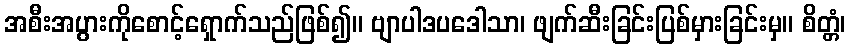
အစီးအပွားကိုစောင့်ရှောက်သည်ဖြစ်၍။ ဗျာပါဒပဒေါသာ၊ ဖျက်ဆီးခြင်းပြစ်မှားခြင်းမှ။ စိတ္တံ၊